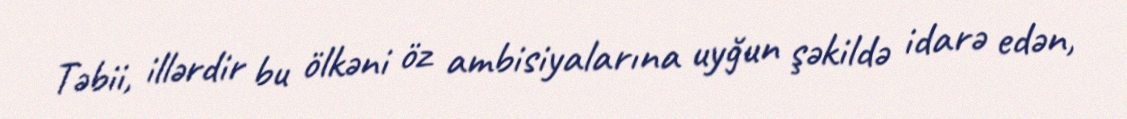
Təbii, illərdir bu ölkəni öz ambisiyalarına uyğun şəkildə idarə edən,